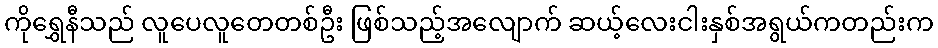
ကိုရွှေနီသည် လူပေလူတေတစ်ဦး ဖြစ်သည့်အလျောက် ဆယ့်လေးငါးနှစ်အရွယ်ကတည်းက